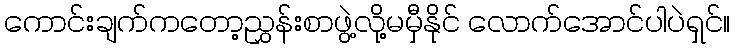
ကောင်းချက်ကတော့ညွှန်းစာဖွဲ့လို့မမှီနိုင် လောက်အောင်ပါပဲရှင်။